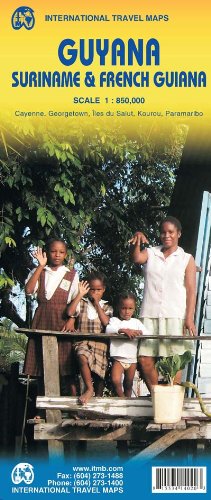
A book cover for Guyana/Suriname & French Guiana 1:850 000 (International Travel Maps); International Travel maps; Travel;